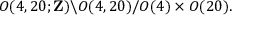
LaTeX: O ( 4 , 2 0 ; { \bf Z } ) \backslash O ( 4 , 2 0 ) / O ( 4 ) \times O ( 2 0 ) .